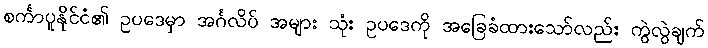
စင်္ကာပူနိုင်ငံ၏ ဥပဒေမှာ အင်္ဂလိပ် အများ သုံး ဥပဒေကို အခြေခံထားသော်လည်း ကွဲလွဲချက်